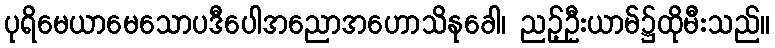
ပုရိမေယာမေသောပဒီပေါအညောအဟောသိနုခေါ၊ ညဉ့်ဦးယာမ်၌ထိုမီးသည်။